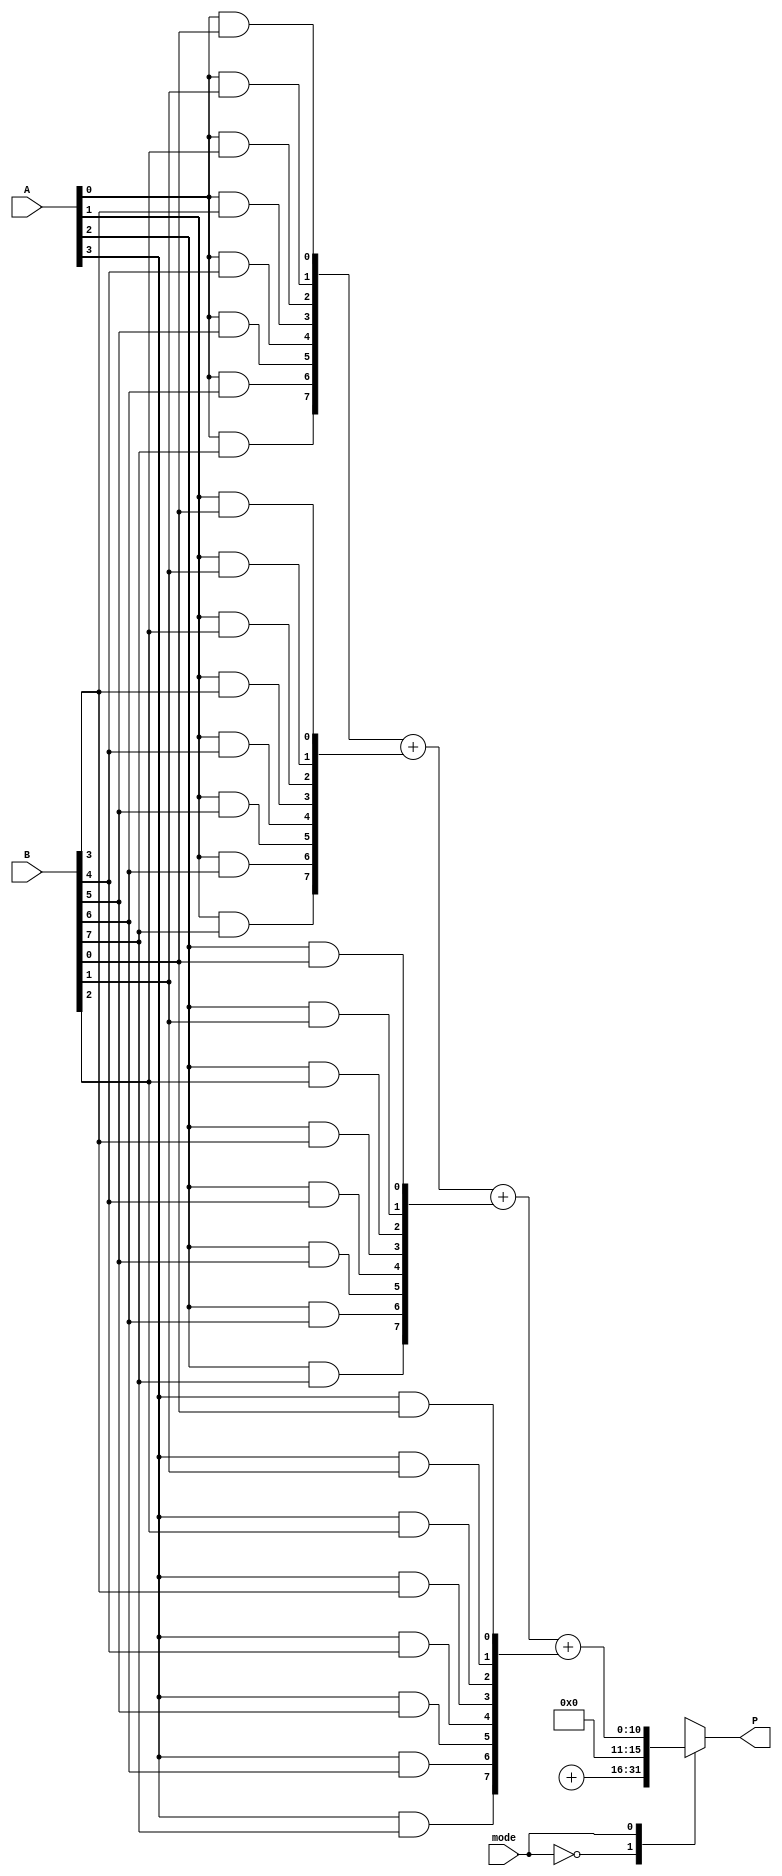
module dual_mode_multiplier #(parameter N = 8) (
    input [N-1:0] A,
    input [N-1:0] B,
    input mode, // 0 for Wallace Tree, 1 for Array Multiplier
    output reg [2*N-1:0] P
);

// Wallace Tree Multiplier
wire [2*N-1:0] wallace_result;
wire [2*N-1:0] array_result;

// Partial Product Generation
wire [N-1:0] pp[N-1:0]; // Partial products

generate
    genvar i, j;
    for (i = 0; i < N; i = i + 1) begin: partial_product_gen
        for (j = 0; j < N; j = j + 1) begin: pp_row
            assign pp[i][j] = A[i] & B[j];
        end
    end
endgenerate

// Wallace Tree Reduction
// Stage 1: Grouping and reduction using half and full adders
wire [2*N-1:0] sum[2*N-2:0];
wire [2*N-1:0] carry[2*N-2:0];

genvar k;
generate
    for (k = 0; k < N; k = k + 1) begin: wallace_reduction
        if (k == 0) begin
            assign sum[k] = pp[0][k] + pp[1][k];
            assign carry[k] = pp[0][k] & pp[1][k];
        end else if (k < N-1) begin
            assign sum[k] = pp[k][0] + pp[k+1][0] + carry[k-1];
            assign carry[k] = (pp[k][0] & pp[k+1][0]) | (carry[k-1] & (pp[k][0] ^ pp[k+1][0]));
        end
    end
endgenerate

// Final summation of Wallace Tree results
wire [2*N-1:0] final_sum, final_carry;
assign final_sum = sum[N-1] + carry[N-1];
assign wallace_result = final_sum;

// Array Multiplier
// Simple row-wise addition of partial products
wire [2*N-1:0] array_sum;

assign array_sum = pp[0] + pp[1] + pp[2] + pp[3]; // Simplified for demonstration, should sum all partial products

// Mode Selection
always @(*) begin
    case (mode)
        0: P = wallace_result; // Wallace Tree mode
        1: P = array_sum;      // Array mode
        default: P = 0;
    endcase
end

endmodule